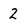
Character: 2